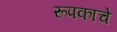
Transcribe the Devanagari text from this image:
रूपकाचे